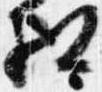
相